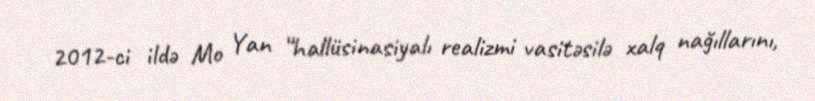
2012-ci ildə Mo Yan “hallüsinasiyalı realizmi vasitəsilə xalq nağıllarını,